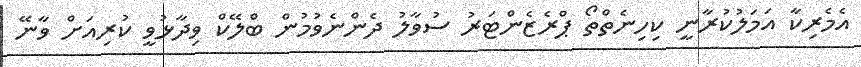
އެމެރިކާ އަމަލުކުރާނީ ކިހިނެތްތޯ ޕްރެޒެންޓަރު ސުވާލު ދެންނެވުމުން ބްލޭކް ވިދާޅުވީ ކުރިއަށް ވާނޭ